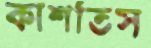
কাশতিস